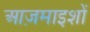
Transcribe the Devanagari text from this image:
आज़माइशों